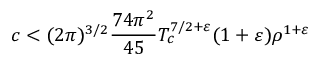
c < ( 2 \pi ) ^ { 3 / 2 } { \frac { 7 4 \pi ^ { 2 } } { 4 5 } } T _ { c } ^ { 7 / 2 + \varepsilon } ( 1 + \varepsilon ) \rho ^ { 1 + \varepsilon }